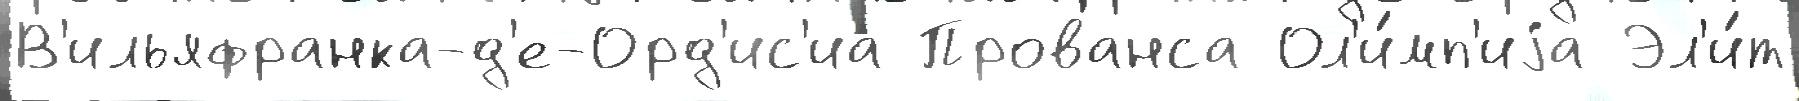
В'ильяфранка-д'е-Орд'ис'иа Прованса Ол'и́мп'иjа Эл'и́т